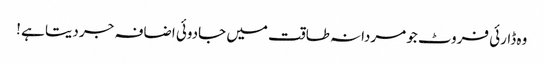
وہ ڈارئی فروٹ جو مردانہ طاقت میں جادوئی اضافہ جر دیتا ہے !